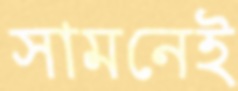
সামনেই